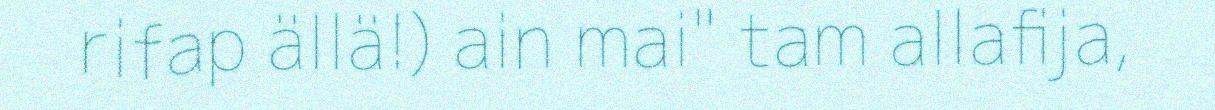
rifap ällä!) ain mai" tam allafija,